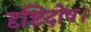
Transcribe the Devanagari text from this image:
दृष्टिदोष।